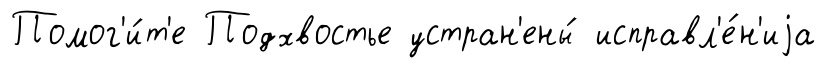
Помог'и́т'е Подхвостье устран'ены́ исправл'е́н'иjа